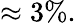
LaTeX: \approx 3\% .